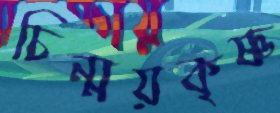
চিন্ময়কৃষ্ণ